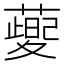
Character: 𦾪